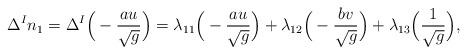
LaTeX: \begin{align*} \Delta ^{I}n_{1}=\Delta ^{I}\Big(-\frac{au}{\sqrt{g}}\Big)=\lambda _{11}\Big(-\frac{au}{\sqrt{g}}\Big)+\lambda _{12}\Big(-\frac{bv}{\sqrt{g}}\Big)+\lambda _{13}\Big(\frac{1}{\sqrt{g}}\Big),\end{align*}